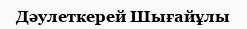
Дəулеткерей Шығайұлы